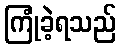
ကြုံခဲ့ရသည်